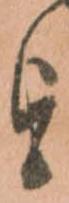
を